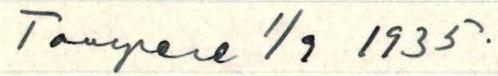
Tampere 1/9 1935.